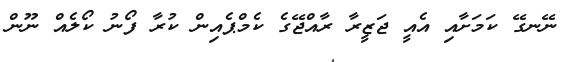
ނޭނގޭ ކަމަށާއި އެއީ ޖަޒީރާ ރާއްޖޭގެ ކެމްޕެއިން ކުރާ ފޯނު ކޯލެއް ނޫން